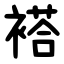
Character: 褡